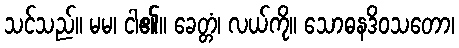
သင်သည်။ မမ၊ ငါ၏။ ခေတ္တံ၊ လယ်ကို။ သောဓနဒိဝသတော၊